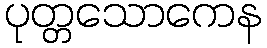
ပုတ္တသောကေန